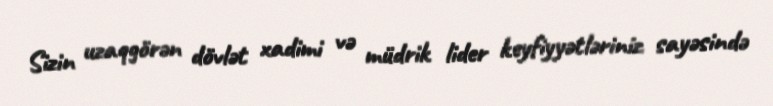
Sizin uzaqgörən dövlət xadimi və müdrik lider keyfiyyətləriniz sayəsində